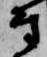
尉